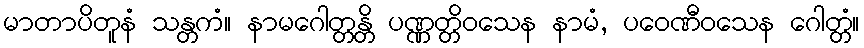
မာတာပိတူနံ သန္တကံ။ နာမဂေါတ္တန္တိ ပဏ္ဏတ္တိဝသေန နာမံ, ပဝေဏီဝသေန ဂေါတ္တံ။